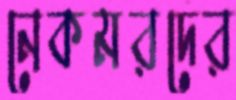
নেকমরদের